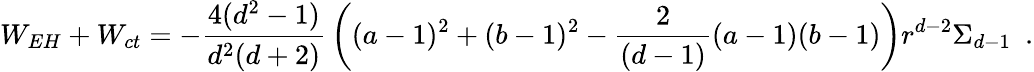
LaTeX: W_{EH}+W_{ct}=-{\frac{4(d^{2}-1)}{d^{2}(d+2)}}\left((a-1)^{2}+(b-1)^{2}-{\frac{2}{(d-1)}}(a-1)(b-1)\right)r^{d-2}\Sigma_{d-1}~~.